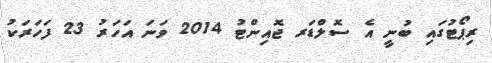
ރިޕޯޓުގައި ބުނީ އެ ސޮލްޑަރ ޖޮއިންޓު 2014 ވަނަ އަހަރު 23 ފަހަރަކު